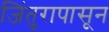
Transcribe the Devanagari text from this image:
जिंतुरापासून